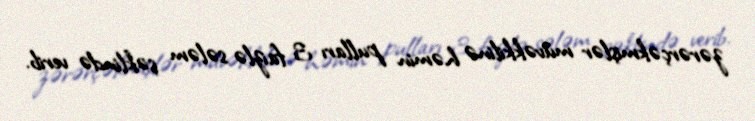
zərərçəkmişlər müvəkkilinə həmin pulları 3 faizlə sələm şəklində verib.